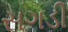
સગડી